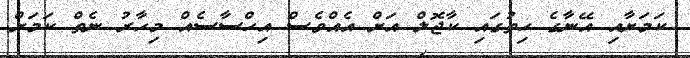
ކަމަށާއި އޭނާގެ ހިތުގައި ކާޖޮލް އަށް އެއްވެސް އިހްސާސެއް މިހާރު ނެތް ކަމަށް